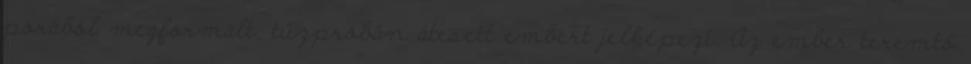
porából megformált, tűzpróbán átesett embert jelképezi. Az ember teremtő